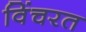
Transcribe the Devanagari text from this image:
विंचरत